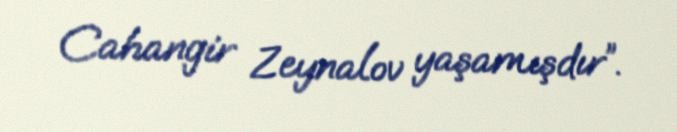
Cahangir Zeynalov yaşamışdır”.